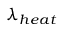
\lambda _ { h e a t }